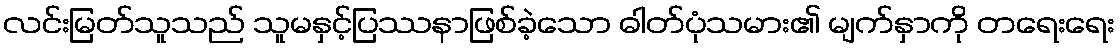
လင်းမြတ်သူသည် သူမနှင့်ပြဿနာဖြစ်ခဲ့သော ဓါတ်ပုံသမား၏ မျက်နှာကို တရေးရေး